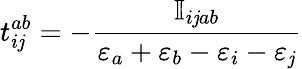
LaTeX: t_{i\mathit{j}}^{ab}=-\frac{{\mathbb{{I}}_{i\mathit{j}ab}}}{{\varepsilon_{a}+\varepsilon_{b}-\varepsilon_{i}-\varepsilon_{\mathit{j}}}}